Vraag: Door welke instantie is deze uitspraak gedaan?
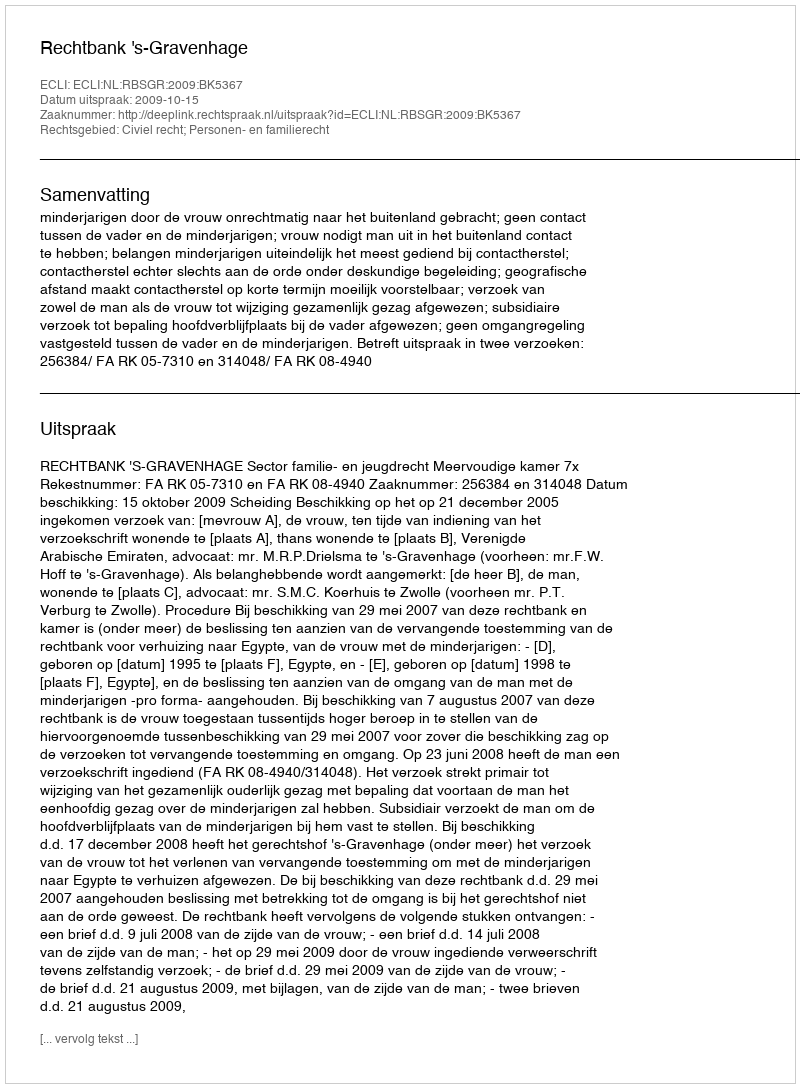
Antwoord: Rechtbank 's-Gravenhage